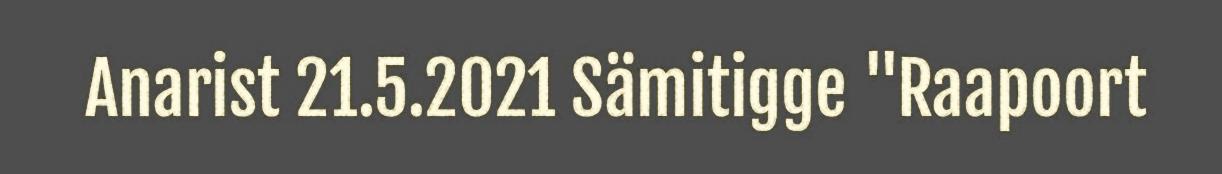
Anarist 21.5.2021 Sämitigge "Raapoort